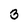
Character: 3